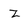
Character: Z